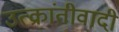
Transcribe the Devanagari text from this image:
उत्क्रांतीवादी